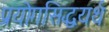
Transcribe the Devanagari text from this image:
प्रयोगसिद्धयर्थ